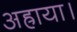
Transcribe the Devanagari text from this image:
अह्राया।